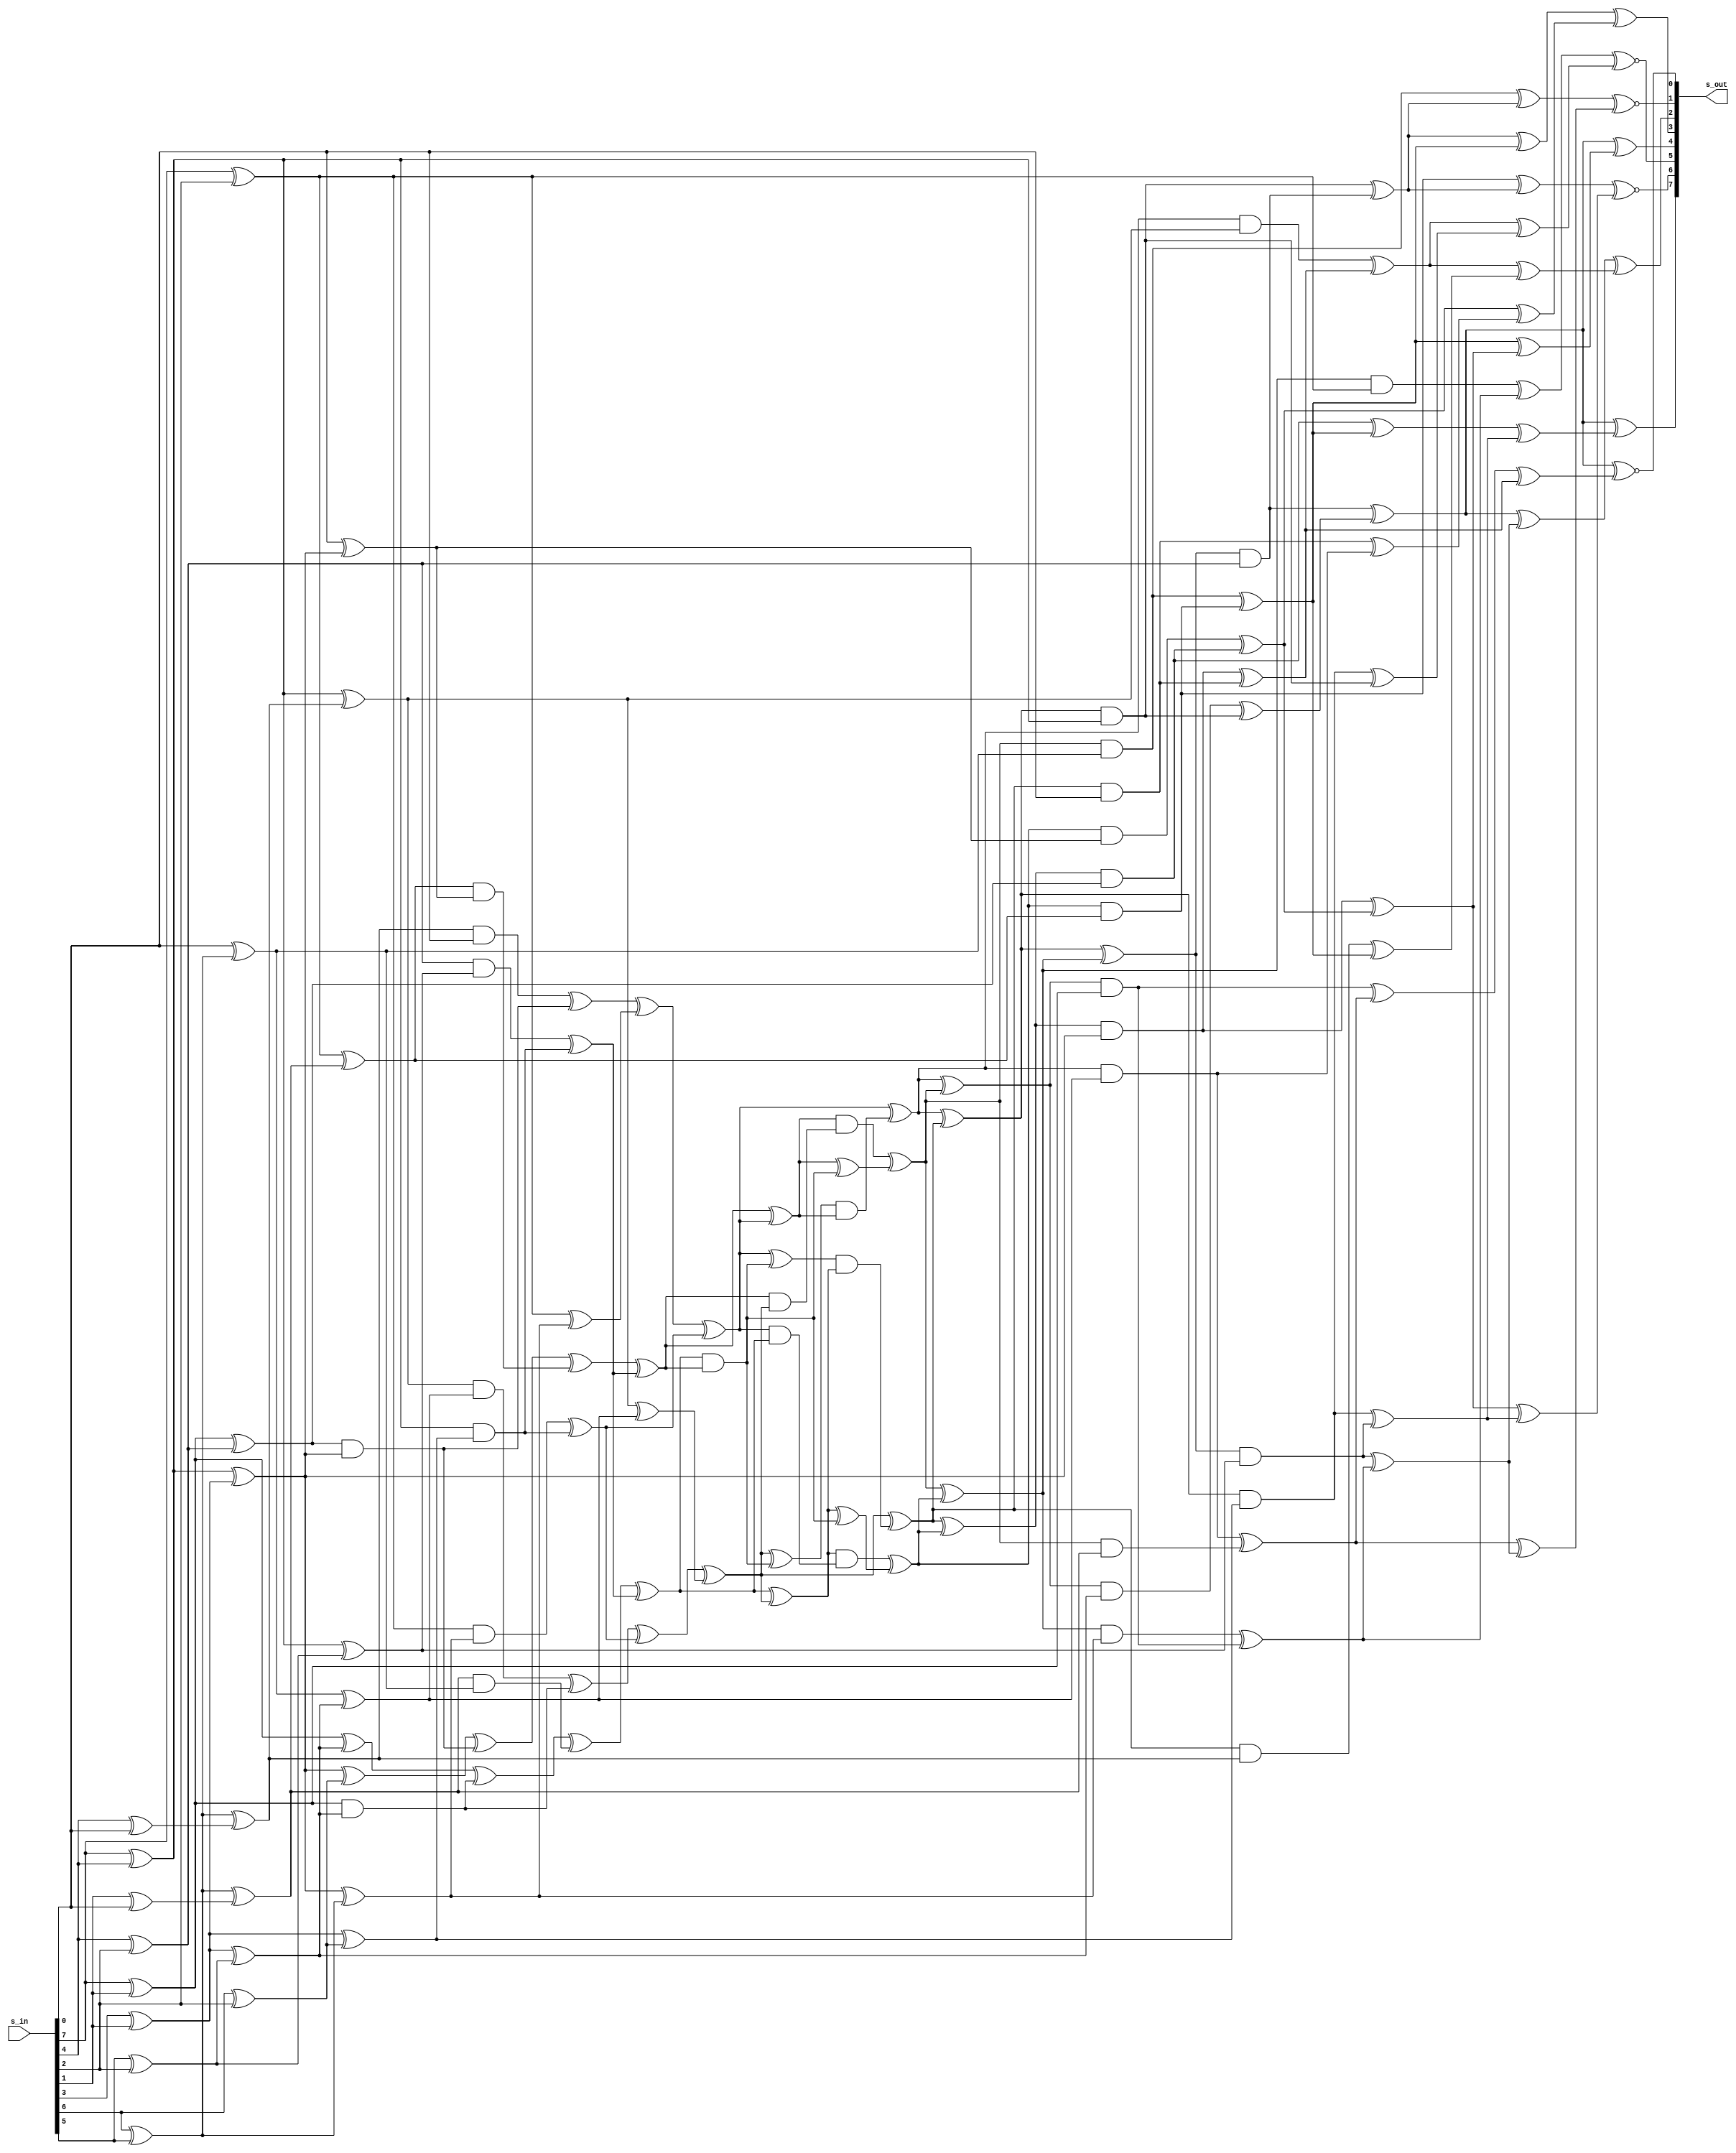

//
// Boyar-Peralta AES SBox - Forward direction only
// 

module bp_aes_sbox_fwd (
input  wire [7:0] s_in ,
output wire [7:0] s_out
);

wire [7:0] U; // Bit-reversed version of s_in
wire [7:0] S; // Bit reversed version of s_out

genvar i;
generate for(i = 0; i < 8; i=i+1) begin
    assign U    [i] = s_in[7-i];
    assign s_out[i] = S   [7-i];
end endgenerate

wire d= s_in[0];

//
// Top Layer - Forward

wire t_1   = U[0 ] ^ U[3];
wire t_2   = U[0 ] ^ U[5];
wire t_3   = U[0 ] ^ U[6];
wire t_4   = U[3 ] ^ U[5];
wire t_5   = U[4 ] ^ U[6];
wire t_6   = t_1   ^ t_5 ;
wire t_7   = U[1 ] ^ U[2];
wire t_8   = U[7 ] ^ t_6 ;
wire t_9   = U[7 ] ^ t_7 ;
wire t_10  = t_6   ^ t_7 ;
wire t_11  = U[1 ] ^ U[5] ;
wire t_12  = U[2 ] ^ U[5] ;
wire t_13  = t_3   ^ t_4  ;
wire t_14  = t_6   ^ t_11 ;
wire t_15  = t_5   ^ t_11 ;
wire t_16  = t_5   ^ t_12 ;
wire t_17  = t_9   ^ t_16 ;
wire t_18  = U[3 ] ^ U[7] ;
wire t_19  = t_7   ^ t_18 ;
wire t_20  = t_1   ^ t_19 ;
wire t_21  = U[6 ] ^ U[7] ;
wire t_22  = t_7   ^ t_21 ;
wire t_23  = t_2   ^ t_22 ;
wire t_24  = t_2   ^ t_10 ;
wire t_25  = t_20  ^ t_17 ;
wire t_26  = t_3   ^ t_16 ;
wire t_27  = t_1   ^ t_12 ;

//
// Middle Layer - Shared

wire m_1   = t_13  & t_6  ;
wire m_2   = t_23  & t_8  ;
wire m_3   = t_14  ^ m_1  ;
wire m_4   = t_19  & d    ;
wire m_5   = m_4   ^ m_1  ;
wire m_6   = t_3   & t_16 ;
wire m_7   = t_22  & t_9  ;
wire m_8   = t_26  ^ m_6  ;
wire m_9   = t_20  & t_17 ;
wire m_10  = m_9   ^ m_6  ;
wire m_11  = t_1   & t_15 ;
wire m_12  = t_4   & t_27 ;
wire m_13  = m_12  ^ m_11 ;
wire m_14  = t_2   & t_10 ;
wire m_15  = m_14  ^ m_11 ;
wire m_16  = m_3   ^ m_2  ;
wire m_17  = m_5   ^ t_24 ;
wire m_18  = m_8   ^ m_7  ;
wire m_19  = m_10  ^ m_15 ;
wire m_20  = m_16  ^ m_13 ;
wire m_21  = m_17  ^ m_15 ;
wire m_22  = m_18  ^ m_13 ;
wire m_23  = m_19  ^ t_25 ;
wire m_24  = m_22  ^ m_23 ;
wire m_25  = m_22  & m_20 ;
wire m_26  = m_21  ^ m_25 ;
wire m_27  = m_20  ^ m_21 ;
wire m_28  = m_23  ^ m_25 ;
wire m_29  = m_28  & m_27 ;
wire m_30  = m_26  & m_24 ;
wire m_31  = m_20  & m_23 ;
wire m_32  = m_27  & m_31 ;
wire m_33  = m_27  ^ m_25 ;
wire m_34  = m_21  & m_22 ;
wire m_35  = m_24  & m_34 ;
wire m_36  = m_24  ^ m_25 ;
wire m_37  = m_21  ^ m_29 ;
wire m_38  = m_32  ^ m_33 ;
wire m_39  = m_23  ^ m_30 ;
wire m_40  = m_35  ^ m_36 ;
wire m_41  = m_38  ^ m_40 ;
wire m_42  = m_37  ^ m_39 ;
wire m_43  = m_37  ^ m_38 ;
wire m_44  = m_39  ^ m_40 ;
wire m_45  = m_42  ^ m_41 ;
wire m_46  = m_44  & t_6  ;
wire m_47  = m_40  & t_8  ;
wire m_48  = m_39  & d    ;
wire m_49  = m_43  & t_16 ;
wire m_50  = m_38  & t_9  ;
wire m_51  = m_37  & t_17 ;
wire m_52  = m_42  & t_15 ;
wire m_53  = m_45  & t_27 ;
wire m_54  = m_41  & t_10 ;
wire m_55  = m_44  & t_13 ;
wire m_56  = m_40  & t_23 ;
wire m_57  = m_39  & t_19 ;
wire m_58  = m_43  & t_3  ;
wire m_59  = m_38  & t_22 ;
wire m_60  = m_37  & t_20 ;
wire m_61  = m_42  & t_1  ;
wire m_62  = m_45  & t_4  ;
wire m_63  = m_41  & t_2  ;

//
// Bottom Layer - Forward

wire l_0   = m_61  ^ m_62 ;
wire l_1   = m_50  ^ m_56 ;
wire l_2   = m_46  ^ m_48 ;
wire l_3   = m_47  ^ m_55 ;
wire l_4   = m_54  ^ m_58 ;
wire l_5   = m_49  ^ m_61 ;
wire l_6   = m_62  ^ l_5  ;
wire l_7   = m_46  ^ l_3  ;
wire l_8   = m_51  ^ m_59 ;
wire l_9   = m_52  ^ m_53 ;

wire l_10  = m_53  ^ l_4  ;
wire l_11  = m_60  ^ l_2  ;
wire l_12  = m_48  ^ m_51 ;
wire l_13  = m_50  ^ l_0  ;
wire l_14  = m_52  ^ m_61 ;
wire l_15  = m_55  ^ l_1  ;
wire l_16  = m_56  ^ l_0  ;
wire l_17  = m_57  ^ l_1  ;
wire l_18  = m_58  ^ l_8  ;
wire l_19  = m_63  ^ l_4  ;

wire l_20  = l_0   ^ l_1  ;
wire l_21  = l_1   ^ l_7  ;
wire l_22  = l_3   ^ l_12 ;
wire l_23  = l_18  ^ l_2  ;
wire l_24  = l_15  ^ l_9  ;
wire l_25  = l_6   ^ l_10 ;
wire l_26  = l_7   ^ l_9  ;
wire l_27  = l_8   ^ l_10 ;
wire l_28  = l_11  ^ l_14 ;
wire l_29  = l_11  ^ l_17 ;

assign S[0 ] = l_6   ^ l_24 ;
assign S[1 ] = l_16  ~^l_26 ;
assign S[2 ] = l_19  ~^l_28 ;
assign S[3 ] = l_6   ^ l_21 ;
assign S[4 ] = l_20  ^ l_22 ;
assign S[5 ] = l_25  ^ l_29 ;
assign S[6 ] = l_13  ~^l_27 ;
assign S[7 ] = l_6   ~^l_23 ;

endmodule